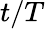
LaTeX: t/T